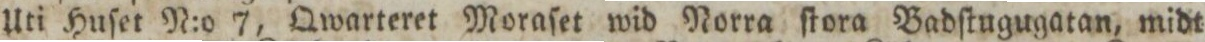
Uti Huſet N:o 7, Qwarteret Moraſet wid Norra ſtora Badſtugugatan, midt